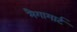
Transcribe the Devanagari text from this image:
मैगामार्ट